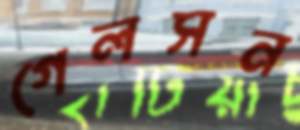
গেলসন